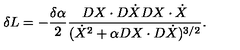
\delta L = - { \frac { \delta \alpha } { 2 } } { \frac { D X \cdot D \dot { X } D X \cdot \dot { X } } { ( \dot { X } ^ { 2 } + \alpha D X \cdot D \dot { X } ) ^ { 3 / 2 } } } .